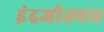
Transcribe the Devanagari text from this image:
इंद्रजीतवध